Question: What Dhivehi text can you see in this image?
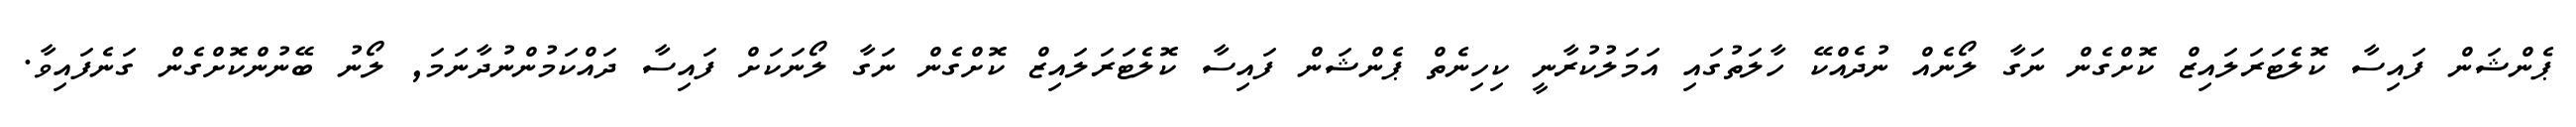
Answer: ޕެންޝަން ފައިސާ ކޮލެޓަރަލައިޒް ކޮށްގެން ނަގާ ލޯނެއް ނުދެއްކޭ ހާލަތުގައި އަމަލުކުރާނީ ކިހިނެތް ޕެންޝަން ފައިސާ ކޮލެޓަރަލައިޒް ކޮށްގެން ނަގާ ލޯނަކަށް ފައިސާ ދައްކަމުންނުދާނަމަ, ލޯނު ބޭނުންކޮށްގެން ގަނެފައިވާ.